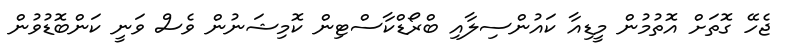
ޖެހޭ ގޮތަށް އޮތުމުން މީޑިއާ ކައުންސިލާއި ބްރޯޑްކާސްޓިން ކޮމިޝަނުން ވެސް ވަނީ ކަންބޮޑުވުން